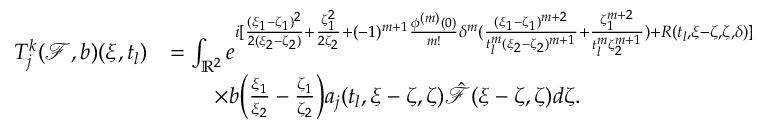
\begin{array} { r l } { T _ { j } ^ { k } ( \mathcal { F } , b ) ( \xi , t _ { l } ) } & { = \int _ { \mathbb { R } ^ { 2 } } e ^ { i [ \frac { ( \xi _ { 1 } - \zeta _ { 1 } ) ^ { 2 } } { 2 ( \xi _ { 2 } - \zeta _ { 2 } ) } + \frac { \zeta _ { 1 } ^ { 2 } } { 2 \zeta _ { 2 } } + ( - 1 ) ^ { m + 1 } \frac { { \phi } ^ { ( m ) } ( 0 ) } { m ! } \delta ^ { m } ( \frac { ( \xi _ { 1 } - \zeta _ { 1 } ) ^ { m + 2 } } { t _ { l } ^ { m } ( \xi _ { 2 } - \zeta _ { 2 } ) ^ { m + 1 } } + \frac { \zeta _ { 1 } ^ { m + 2 } } { t _ { l } ^ { m } \zeta _ { 2 } ^ { m + 1 } } ) + R ( t _ { l } , \xi - \zeta , \zeta , \delta ) ] } } \\ & { \quad \quad \times b \biggl ( \frac { \xi _ { 1 } } { \xi _ { 2 } } - \frac { \zeta _ { 1 } } { \zeta _ { 2 } } \biggl ) a _ { j } ( t _ { l } , \xi - \zeta , \zeta ) \hat { \mathcal { F } } ( \xi - \zeta , \zeta ) d \zeta . } \end{array}